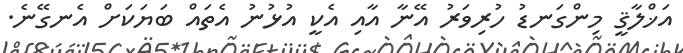
އަޚްލާޤީ މިންގަނޑު ހުރިވަރު އޭނާ އާއި އެކީ އުޅުނު އެތައް ބަޔަކަށް އެނގޭނެ.